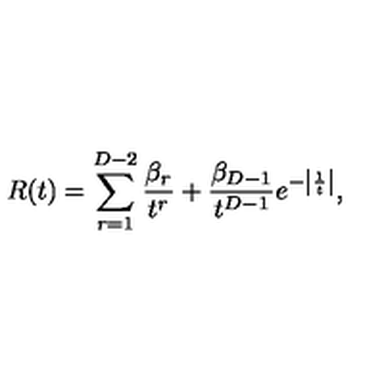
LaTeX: R ( t ) = \sum _ { r = 1 } ^ { D - 2 } { \frac { \beta _ { r } } { t ^ { r } } } + { \frac { \beta _ { D - 1 } } { t ^ { D - 1 } } } e ^ { - \left| { \frac { 1 } { t } } \right| } ,